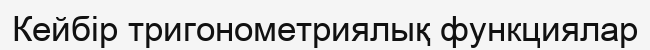
Кейбір тригонометриялық функциялар